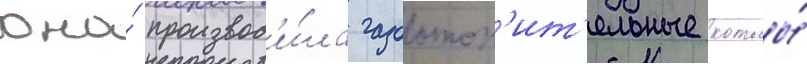
она́ производ'и́ла газоотоп'ит'ельные котлы́